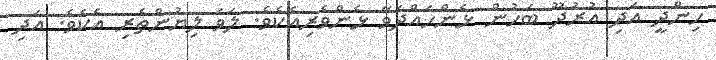
ހިންދީ އަދި އުރުދޫ ބަހުން ޅެންހައްދަވާ ޅެންވެރިއެކެވެ. ލަވަ ލިޔުންތެރި އެކެވެ. އަދި